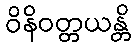
ဝိနိဝတ္တယန္တိ